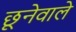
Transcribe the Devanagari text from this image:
छूनेवाले